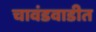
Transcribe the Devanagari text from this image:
चावंडवाडीत